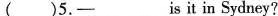
( )5.— ___ is it in Sydney?